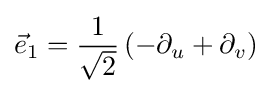
{\vec {e}}_{1}={\frac {1}{\sqrt {2}}}\left(-\partial _{u}+\partial _{v}\right)